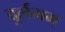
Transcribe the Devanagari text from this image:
दुर्लभम्